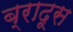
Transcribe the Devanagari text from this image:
ब्रादूस